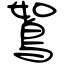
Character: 鴽